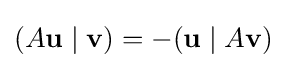
(A\mathbf {u} \mid \mathbf {v} )=-(\mathbf {u} \mid A\mathbf {v} )